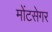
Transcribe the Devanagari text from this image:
मोंटसेगर